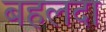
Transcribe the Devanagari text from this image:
बहलदा